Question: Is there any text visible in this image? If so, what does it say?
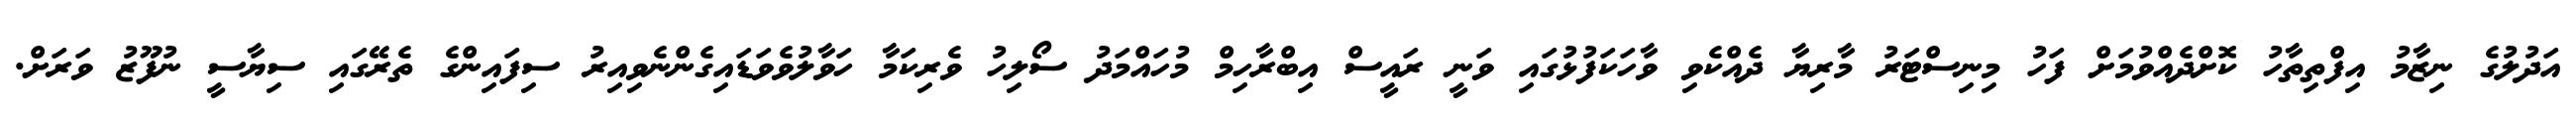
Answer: އަދުލުގެ ނިޒާމު އިފްތިތާހު ކޮށްދެއްވުމަށް ފަހު މިނިސްޓަރު މާރިޔާ ދެއްކެވި ވާހަކަފުޅުގައި ވަނީ ރައީސް އިބްރާހިމް މުހައްމަދު ސޯލިހު ވެރިކަމާ ހަވާލުވެވަޑައިގެންނެވިއިރު ސިފައިންގެ ތެރޭގައި ސިޔާސީ ނުފޫޒު ވަރަށް.